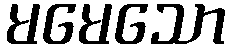
မမေသော